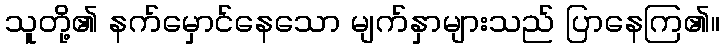
သူတို့၏ နက်မှောင်နေသော မျက်နှာများသည် ပြာနေကြ၏။